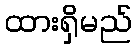
ထားရှိမည်